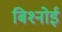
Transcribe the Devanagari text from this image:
बिश्‍नोई